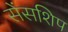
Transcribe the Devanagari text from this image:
सेंसशिप